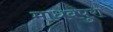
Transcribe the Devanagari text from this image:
माधवपुरा